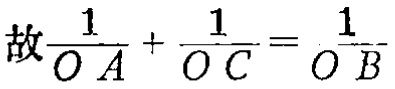
故$\frac{1}{OA}+\frac{1}{OC}=\frac{1}{OB}$